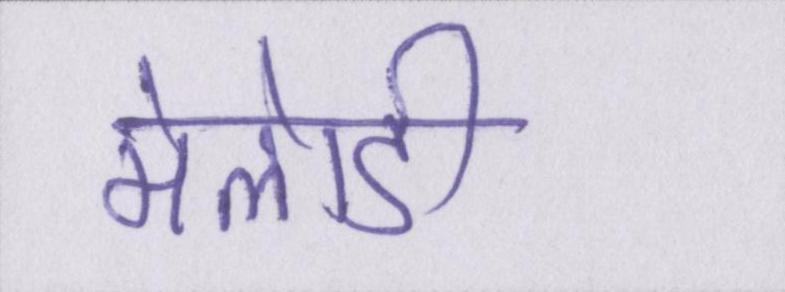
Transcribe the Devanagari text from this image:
मेलोडी